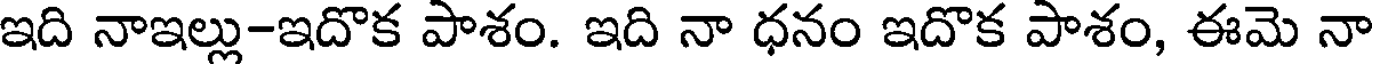
ఇది నాఇల్లు-ఇదొక పాశం. ఇది నా ధనం ఇదొక పాశం, ఈమె నా